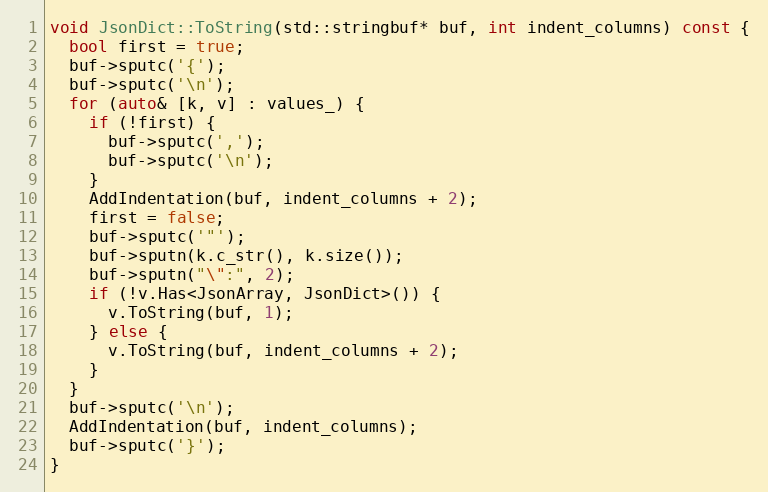
Language: C++
void JsonDict::ToString(std::stringbuf* buf, int indent_columns) const {
  bool first = true;
  buf->sputc('{');
  buf->sputc('\n');
  for (auto& [k, v] : values_) {
    if (!first) {
      buf->sputc(',');
      buf->sputc('\n');
    }
    AddIndentation(buf, indent_columns + 2);
    first = false;
    buf->sputc('"');
    buf->sputn(k.c_str(), k.size());
    buf->sputn("\":", 2);
    if (!v.Has<JsonArray, JsonDict>()) {
      v.ToString(buf, 1);
    } else {
      v.ToString(buf, indent_columns + 2);
    }
  }
  buf->sputc('\n');
  AddIndentation(buf, indent_columns);
  buf->sputc('}');
}